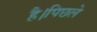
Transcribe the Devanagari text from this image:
है।पिछले